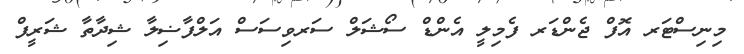
މިނިސްޓަރ އޮފް ޖެންޑަރ ފެމިލީ އެންޑް ސޯޝަލް ސަރވިސަސް އަލްފާޟިލާ ޝިދާތާ ޝަރީފް